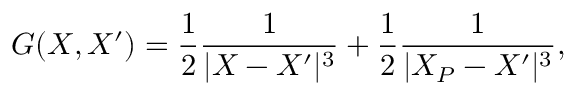
G ( X , X ^ { \prime } ) = \frac { 1 } { 2 } \frac { 1 } { | X - X ^ { \prime } | ^ { 3 } } + \frac { 1 } { 2 } \frac { 1 } { | X _ { P } - X ^ { \prime } | ^ { 3 } } ,